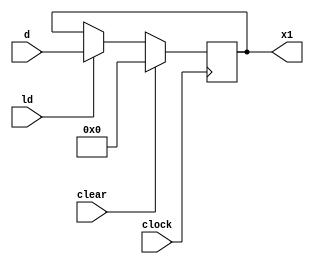
`timescale 1ns / 1ps
//////////////////////////////////////////////////////////////////////////////////
// Company: 
// Engineer: 
// 
// Design Name: 
// Module Name: pipo
// Project Name: 
// Target Devices: 
// Tool Versions: 
// Description: 
// 
// Dependencies: 
// 
// Revision:
// Revision 0.01 - File Created
// Additional Comments:
// 
//////////////////////////////////////////////////////////////////////////////////


module pipo (x1,d,ld,clear,clock);
input ld,clear,clock;
input [31:0] d;
output reg[31:0] x1;

always @(posedge clock)
begin
 if(clear)
   x1 <= 32'd0;
 else if(ld)
   x1 <= d;
 end
 
endmodule